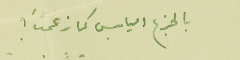
بالجزع اليابس كما زعمتَ ؟